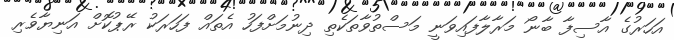
އަހަރުގެ އާސިފާ ބާނޯ މަރާލާފައިވަނީ މަސްތުވާތަކެތި ދިނުމަށްފަހު އެތައް ފަހަރަކު ރޭޕުކޮށް އަނިޔާވެރި